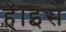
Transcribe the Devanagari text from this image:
हॅ।इसे